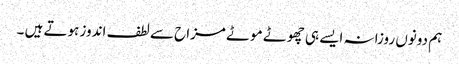
ہم دونوں روزانہ ایسے ہی چھوٹے موٹے مزاح سے لطف اندوز ہوتے ہیں ۔